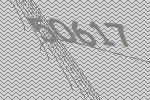
50617